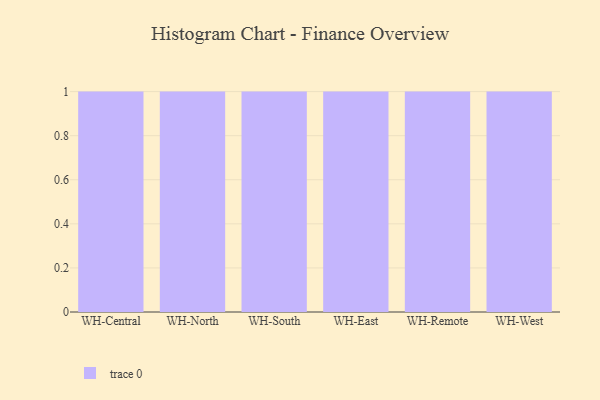
{"axis": {"x": "Warehouse", "y": "Inventory Turnover"}, "legend": [""], "data": [{"x": "WH-Central", "y": 77, "type": ""}, {"x": "WH-North", "y": 48, "type": ""}, {"x": "WH-South", "y": 81, "type": ""}, {"x": "WH-East", "y": 52, "type": ""}, {"x": "WH-Remote", "y": 17, "type": ""}, {"x": "WH-West", "y": 12, "type": ""}]}